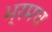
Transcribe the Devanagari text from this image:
भ्रमच